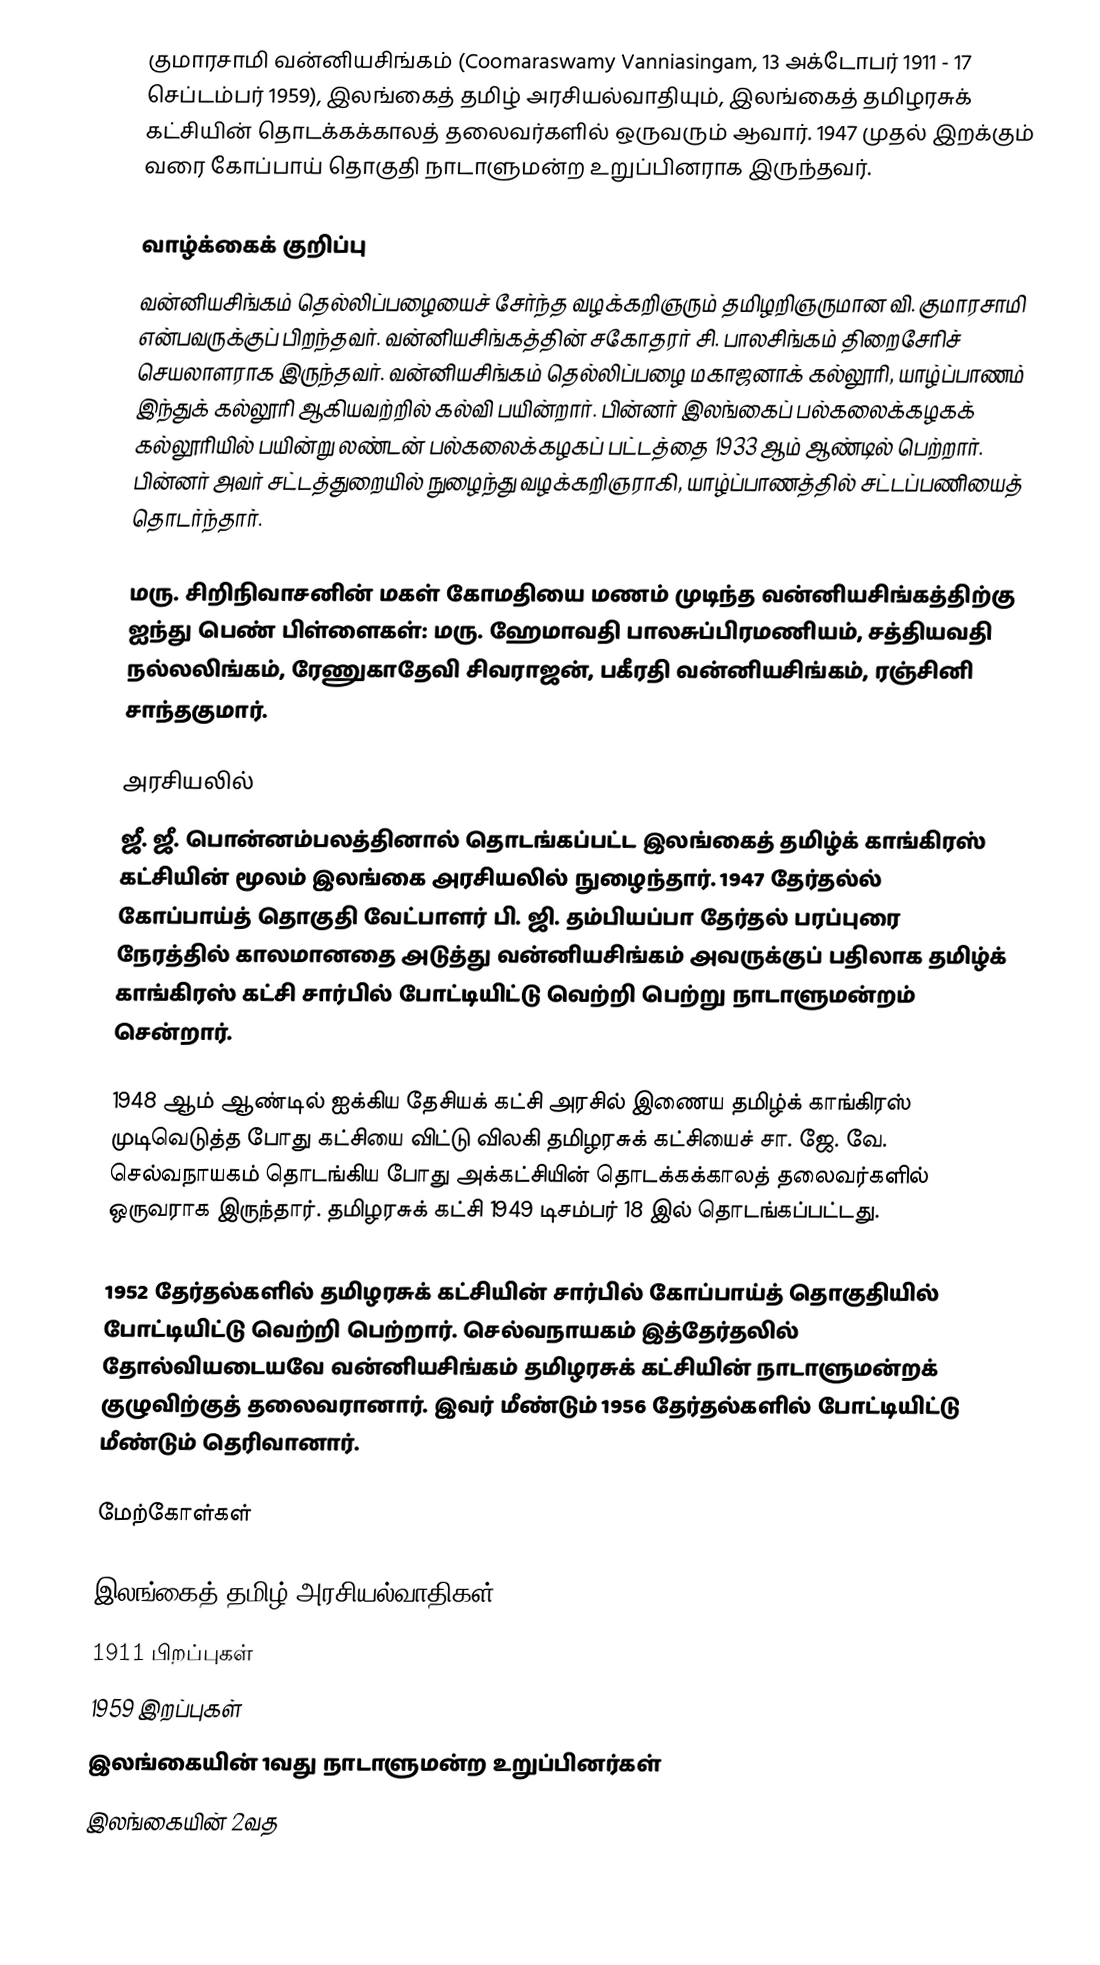
குமாரசாமி வன்னியசிங்கம் (Coomaraswamy Vanniasingam, 13 அக்டோபர் 1911 - 17 செப்டம்பர் 1959), இலங்கைத் தமிழ் அரசியல்வாதியும், இலங்கைத் தமிழரசுக் கட்சியின் தொடக்கக்காலத் தலைவர்களில் ஒருவரும் ஆவார். 1947 முதல் இறக்கும் வரை கோப்பாய் தொகுதி நாடாளுமன்ற உறுப்பினராக இருந்தவர்.

வாழ்க்கைக் குறிப்பு
வன்னியசிங்கம் தெல்லிப்பழையைச் சேர்ந்த வழக்கறிஞரும் தமிழறிஞருமான வி. குமாரசாமி என்பவருக்குப் பிறந்தவர். வன்னியசிங்கத்தின் சகோதரர் சி. பாலசிங்கம் திறைசேரிச் செயலாளராக இருந்தவர். வன்னியசிங்கம் தெல்லிப்பழை மகாஜனாக் கல்லூரி, யாழ்ப்பாணம் இந்துக் கல்லூரி ஆகியவற்றில் கல்வி பயின்றார். பின்னர் இலங்கைப் பல்கலைக்கழகக் கல்லூரியில் பயின்று லண்டன் பல்கலைக்கழகப் பட்டத்தை 1933 ஆம் ஆண்டில் பெற்றார். பின்னர் அவர் சட்டத்துறையில் நுழைந்து வழக்கறிஞராகி, யாழ்ப்பாணத்தில் சட்டப்பணியைத் தொடர்ந்தார்.

மரு. சிறிநிவாசனின் மகள் கோமதியை மணம் முடிந்த வன்னியசிங்கத்திற்கு ஐந்து பெண் பிள்ளைகள்: மரு. ஹேமாவதி பாலசுப்பிரமணியம், சத்தியவதி நல்லலிங்கம், ரேணுகாதேவி சிவராஜன், பகீரதி வன்னியசிங்கம், ரஞ்சினி சாந்தகுமார்.

அரசியலில்
ஜீ. ஜீ. பொன்னம்பலத்தினால் தொடங்கப்பட்ட இலங்கைத் தமிழ்க் காங்கிரஸ் கட்சியின் மூலம் இலங்கை அரசியலில் நுழைந்தார். 1947 தேர்தல்ல் கோப்பாய்த் தொகுதி வேட்பாளர் பி. ஜி. தம்பியப்பா தேர்தல் பரப்புரை நேரத்தில் காலமானதை அடுத்து வன்னியசிங்கம் அவருக்குப் பதிலாக தமிழ்க் காங்கிரஸ் கட்சி சார்பில் போட்டியிட்டு வெற்றி பெற்று நாடாளுமன்றம் சென்றார்.

1948 ஆம் ஆண்டில் ஐக்கிய தேசியக் கட்சி அரசில் இணைய தமிழ்க் காங்கிரஸ் முடிவெடுத்த போது கட்சியை விட்டு விலகி தமிழரசுக் கட்சியைச் சா. ஜே. வே. செல்வநாயகம் தொடங்கிய போது அக்கட்சியின் தொடக்கக்காலத் தலைவர்களில் ஒருவராக இருந்தார். தமிழரசுக் கட்சி 1949 டிசம்பர் 18 இல் தொடங்கப்பட்டது.

1952 தேர்தல்களில் தமிழரசுக் கட்சியின் சார்பில் கோப்பாய்த் தொகுதியில் போட்டியிட்டு வெற்றி பெற்றார். செல்வநாயகம் இத்தேர்தலில் தோல்வியடையவே வன்னியசிங்கம் தமிழரசுக் கட்சியின் நாடாளுமன்றக் குழுவிற்குத் தலைவரானார். இவர் மீண்டும் 1956 தேர்தல்களில் போட்டியிட்டு மீண்டும் தெரிவானார்.

மேற்கோள்கள்

இலங்கைத் தமிழ் அரசியல்வாதிகள்
1911 பிறப்புகள்
1959 இறப்புகள்
இலங்கையின் 1வது நாடாளுமன்ற உறுப்பினர்கள்
இலங்கையின் 2வத